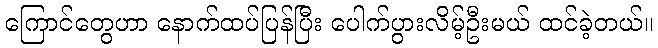
ကြောင်တွေဟာ နောက်ထပ်ပြန်ပြီး ပေါက်ပွားလိမ့်ဦးမယ် ထင်ခဲ့တယ်။